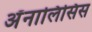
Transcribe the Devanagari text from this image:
अॅनालिसिस